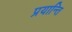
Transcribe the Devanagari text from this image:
प्रयान्ति